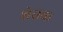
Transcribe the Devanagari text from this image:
शेराक